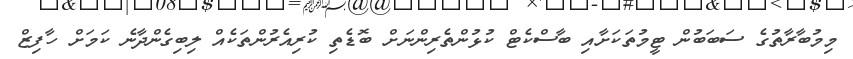
މިމުބާރާތުގެ ސަބަބުން ޓީމުތަކަށާއި ބާސްކެޓް ކުޅުންތެރިންނަށް ބޮޑެތި ކުރިއެރުންތަކެއް ލިބިގެންދާނެ ކަމަށް ހާފިޒް